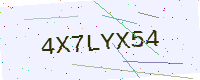
Text: 4X7LYX54